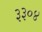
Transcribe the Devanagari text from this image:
३३०४